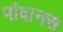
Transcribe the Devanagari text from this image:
पांदानस